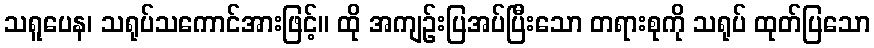
သရူပေန၊ သရုပ်သကောင်အားဖြင့်။ ထို အကျဉ်းပြအပ်ပြီးသော တရားစုကို သရုပ် ထုတ်ပြသော